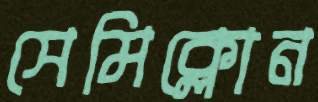
সেমিক্লোন